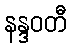
နန္ဒဝတီ